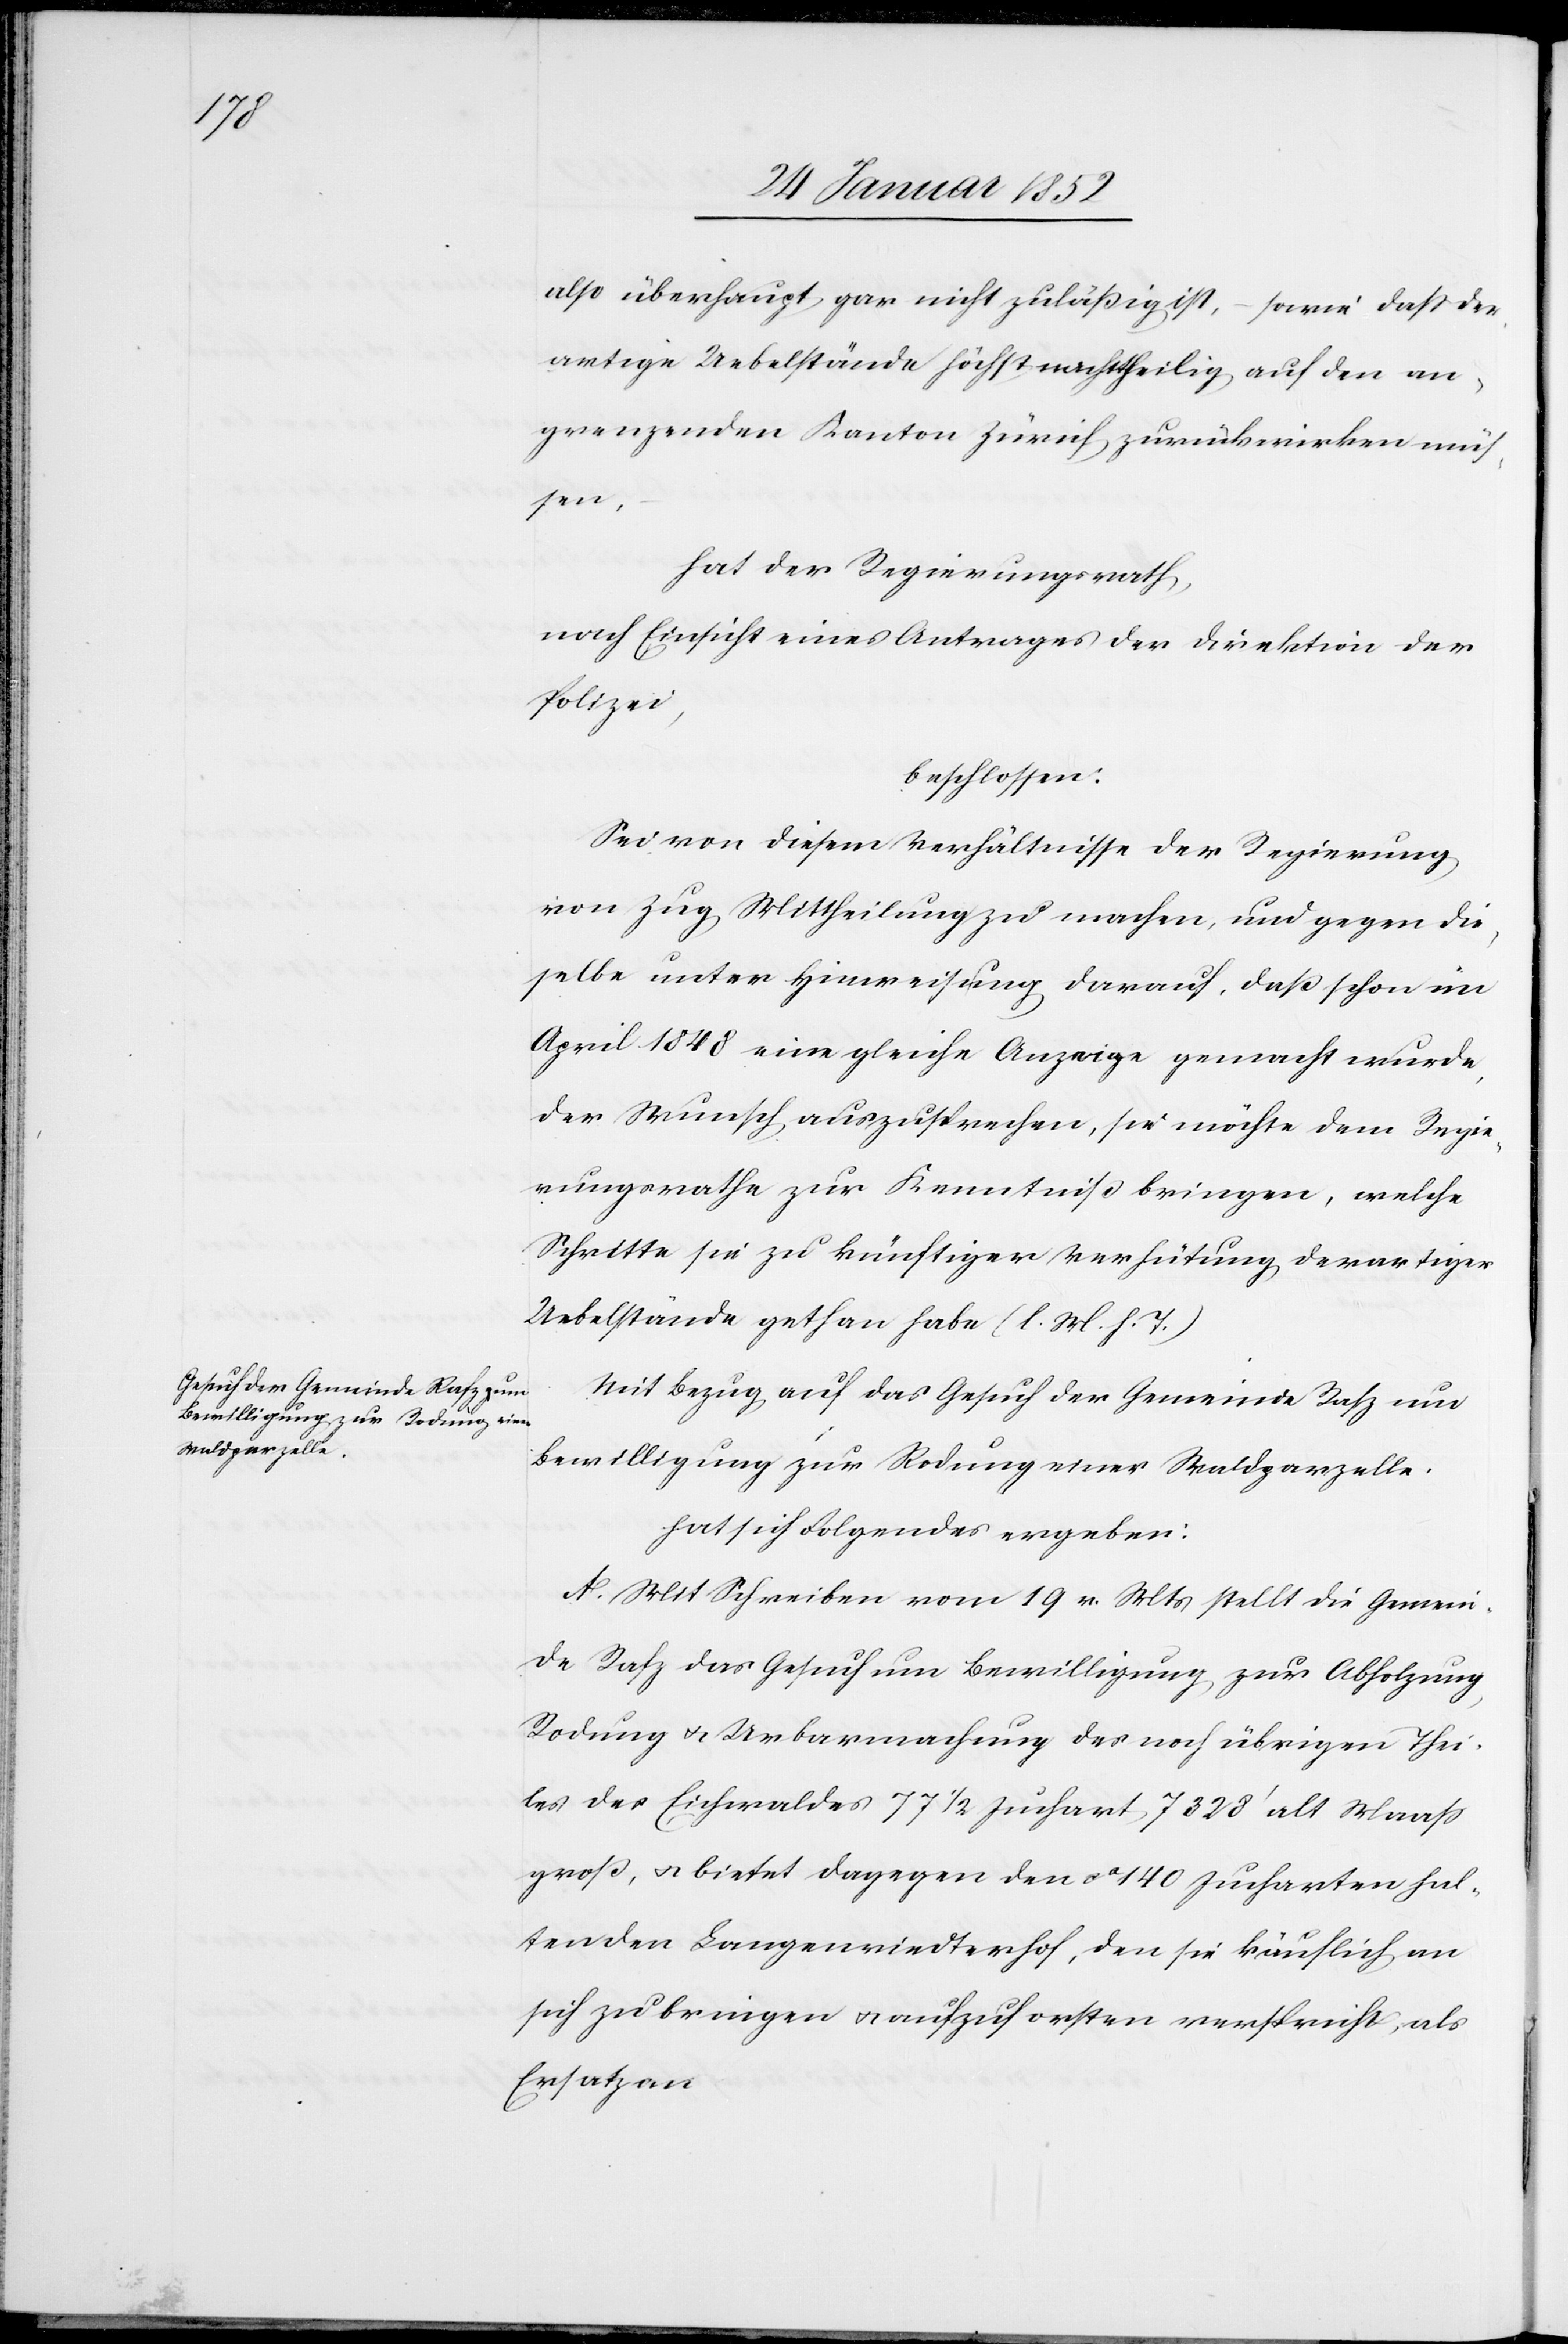
also überhaupt gar nicht zuläßig ist, – sowie daß der¬
artige Uebelstände höchst nachtheilig auf den an¬
grenzenden Kanton Zürich zurückwirken müs¬
sen,
hat der Regierungsrath,
nach Einsicht eines Antrages der Direktion der
Polizei,
beschlossen:
Sei von diesem Verhältnisse der Regierung
von Zug Mittheilung zu machen, und gegen die¬
selbe unter Hinweisung darauf, daß schon im
April 1848 eine gleiche Anzeige gemacht wurde,
den Wunsch auszusprechen, sie möchte dem Regie¬
rungsrathe zur Kenntniß bringen, welche
Schritte sie zu künftiger Verhütung derartiger
Uebelstände gethan habe (l. M. h. T.)
Mit Bezug auf das Gesuch der Gemeinde Rafz um
Bewilligung zur Rodung einer Waldparzelle.
hat sich folgendes ergeben:
A. Mit Schreiben vom 19 v. Mts stellt die Gemein¬
de Rafz das Gesuch um Bewilligung zur Abholzung,
Rodung u. Urbarmachung des noch übrigen Thei¬
les des Eicherwaldes 77 1/2 Juchart, 7328’ alt Maaß
groß, u. bietet dagegen den ca 140 Jucharten hal¬
tenden Langenriedterhof, den sie käuflich an
sich zu bringen u. aufzuforsten verspricht, als
Ersatz an.